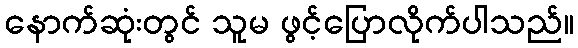
နောက်ဆုံးတွင် သူမ ဖွင့်ပြောလိုက်ပါသည်။